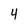
Character: 4